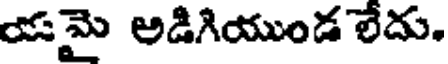
యమై అడిగియుండ లేదు.